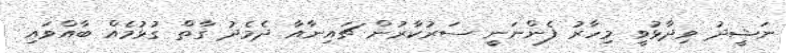
ނަޝީދު ވިދާޅުވީ މިހާރު ފެންނަނީ ސަރުކާރުން ޗައިނާއާ ދެމެދު ގާތް ގުޅުމެއް ބާއްވައި